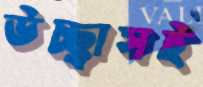
উচ্ছ্বাসই